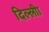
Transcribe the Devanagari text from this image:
दिल्लीा